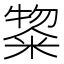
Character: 鿯